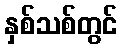
နှစ်သစ်တွင်